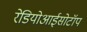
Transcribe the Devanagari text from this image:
रेडियोआईसोटॉप